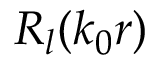
R _ { l } ( k _ { 0 } r )